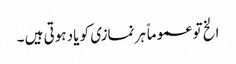
الخ تو عموماً ہر نمازی کو یاد ہوتی ہیں ۔